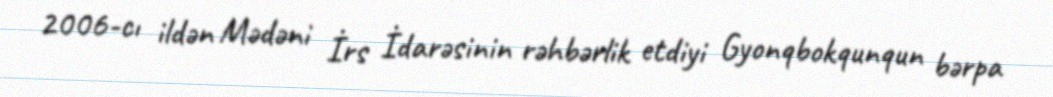
2006-cı ildən Mədəni İrs İdarəsinin rəhbərlik etdiyi Gyonqbokqunqun bərpa